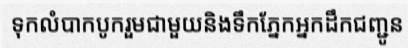
ទុកលំបាកបូករួមជាមួយនិងទឹកភ្នែកអ្នកដឹកជញ្ជូន